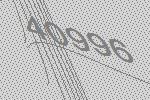
40996